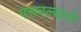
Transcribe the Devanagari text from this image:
पसरल्याने